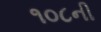
૧૦૮ની